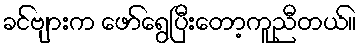
ခင်ဗျားက ဖော်ရွေပြီးတော့ကူညီတယ်။